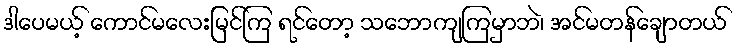
ဒါပေမယ့် ကောင်မလေးမြင်ကြ ရင်တော့ သဘောကျကြမှာဘဲ၊ အင်မတန်ချောတယ်